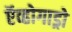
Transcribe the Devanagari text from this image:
ऍव्होगाड्रो